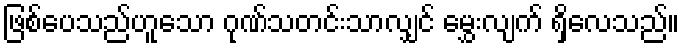
ဖြစ်ပေသည်ဟူသော ဂုဏ်သတင်းသာလျှင် မွှေးလျက် ရှိလေသည်။